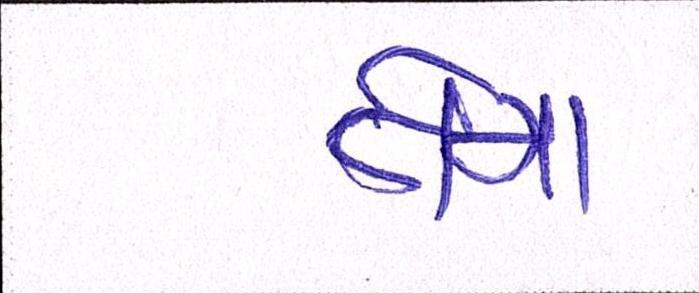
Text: તેમા